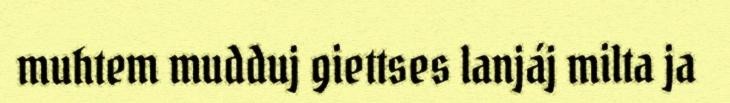
muhtem mudduj giettses lanjáj milta ja